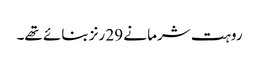
روہت شرما نے 29 رنز بنائے تھے۔